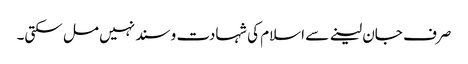
صرف جان لینے سے اسلام کی شہادت و سند نہیں مل سکتی۔